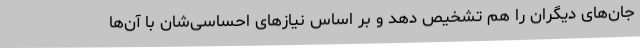
جان‌های دیگران را هم تشخیص دهد و بر اساس نیازهای احساسی‌شان با آن‌ها